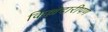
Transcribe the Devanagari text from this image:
किल्लेदारीपण